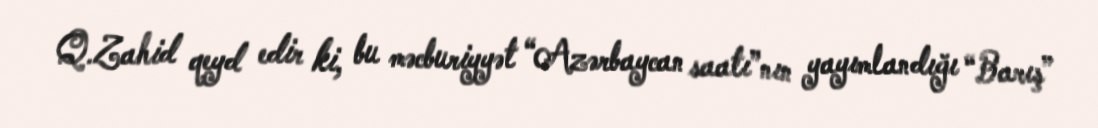
Q.Zahid qeyd edir ki, bu məcburiyyət “Azərbaycan saatı”nın yayımlandığı “Barış”